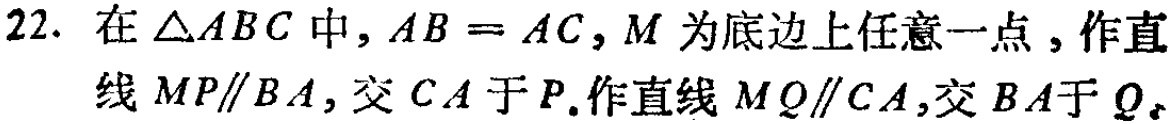
22. 在$\triangle ABC$中，$AB = AC$，$M$为底边上任意一点，作直线$MP\parallel BA$，交$CA$于$P$.作直线$MQ\parallel CA$，交$BA$于$Q$。